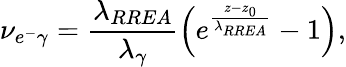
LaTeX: \nu_{e^{-}\gamma}=\frac{\lambda_{RREA}}{\lambda_{\gamma}}\left(e^{\frac{z-z_{0}}{\lambda_{RREA}}}-1\right),